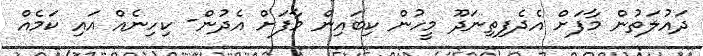
ދައުލަތުން މާފަށް އެދެފިތިނަދޫ މީހުން ކިބައިން މާފަށް އެދުން- ކިހިނެއް އައި ކަމެއް